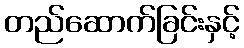
တည်ဆောက်ခြင်းနှင့်